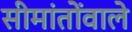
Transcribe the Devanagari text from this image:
सीमांतोंवाले